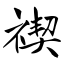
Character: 禊